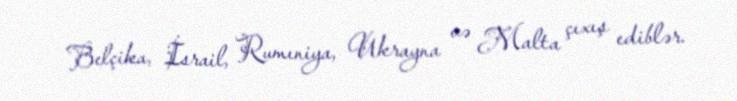
Belçika, İsrail, Rumıniya, Ukrayna və Malta çıxış ediblər.